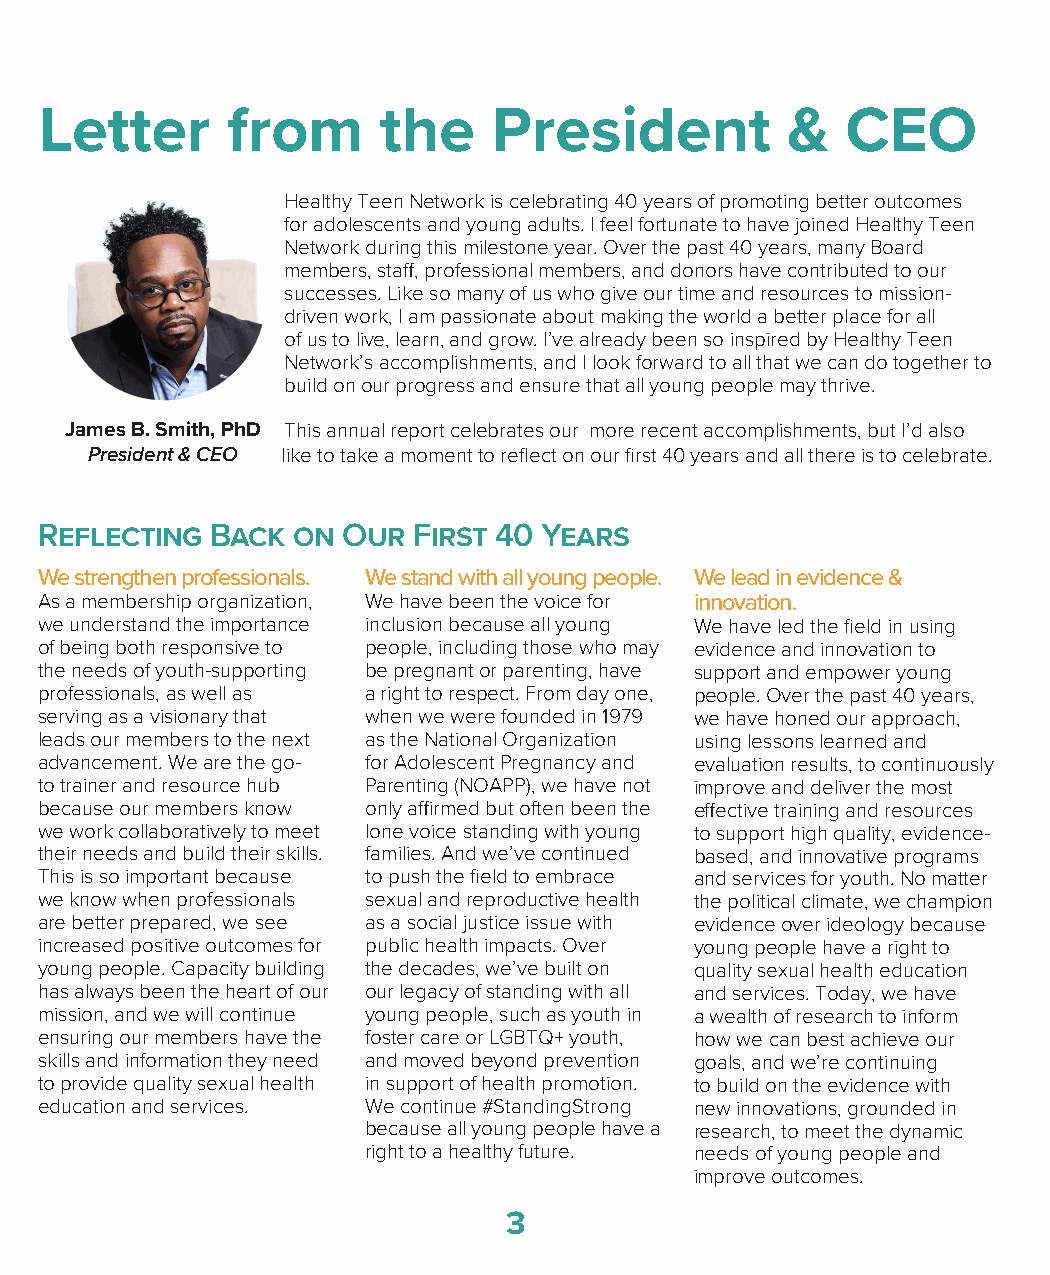
Letter      from      the     President          &   CEO
 Healthy Teen Network is celebrating 40 years of promoting better outcomes
 for adolescents and young adults. I feel fortunate to have joined Healthy Teen
 Network during this milestone year. Over the past 40 years, many Board
 members, staff, professional members, and donors have contributed to our
 successes. Like so many of us who give our time and resources to mission-
 driven work, I am passionate about making the world a better place for all
 of us to live, learn, and grow. I’ve already been so inspired by Healthy Teen
 Network’s accomplishments, and I look forward to all that we can do together to
 build on our progress and ensure that all young people may thrive.
 James B. Smith, PhD This annual report celebrates our more recent accomplishments, but I’d also
 President & CEO like to take a moment to reflect on our first 40 years and all there is to celebrate.
 Reflecting Back on  Our First 40 Years
 We strengthen professionals. We stand with all young people. We lead in evidence &
 As a membership organization, We have been the voice for innovation.
 we understand the importance inclusion because all young We have led the field in using
 of being both responsive to people, including those who may evidence and innovation to
 the needs of youth-supporting be pregnant or parenting, have support and empower young
 professionals, as well as a right to respect. From day one, people. Over the past 40 years,
 serving as a visionary that when we were founded in 1979 we have honed our approach,
 leads our members to the next as the National Organization using lessons learned and
 advancement. We are the go- for Adolescent Pregnancy and evaluation results, to continuously
 to trainer and resource hub Parenting (NOAPP), we have not improve and deliver the most
 because our members know only affirmed but often been the effective training and resources
 we work collaboratively to meet lone voice standing with young to support high quality, evidence-
 their needs and build their skills. families. And we’ve continued based, and innovative programs
 This is so important because to push the field to embrace and services for youth. No matter
 we know when professionals sexual and reproductive health the political climate, we champion
 are better prepared, we see as a social justice issue with evidence over ideology because
 increased positive outcomes for public health impacts. Over young people have a right to
 young people. Capacity building the decades, we’ve built on quality sexual health education
 has always been the heart of our our legacy of standing with all and services. Today, we have
 mission, and we will continue young people, such as youth in a wealth of research to inform
 ensuring our members have the foster care or LGBTQ+ youth, how we can best achieve our
 skills and information they need and moved beyond prevention goals, and we’re continuing
 to provide quality sexual health in support of health promotion. to build on the evidence with
 education and services. We continue #StandingStrong new innovations, grounded in
 because all young people have a research, to meet the dynamic
 right to a healthy future. needs of young people and
 improve outcomes.
 3